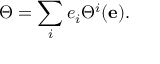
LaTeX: \Theta = \sum _ { i } e _ { i } \Theta ^ { i } ( \mathbf { e } ) .